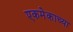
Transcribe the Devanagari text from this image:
एकमेकाच्या